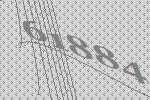
61884